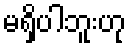
မရှိပါဘူးဟု